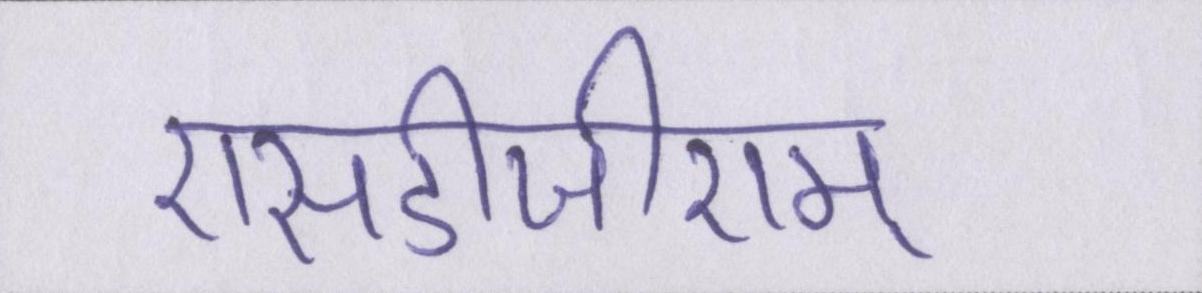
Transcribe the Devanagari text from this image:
एसडीजीएम्